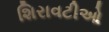
શિરાવટીઓ